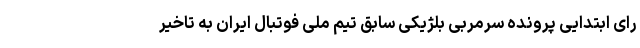
رای ابتدایی پرونده سرمربی بلژیکی سابق تیم ملی فوتبال ایران به تاخیر